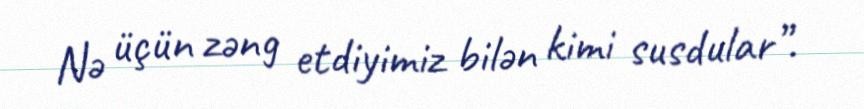
Nə üçün zəng etdiyimiz bilən kimi susdular”.